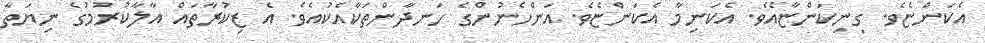
އެކަންޏެވެ. ގިނިކަންޏާއެވެ. އެކަނިމާ އެކަންޏެވެ. އަންހެނުންގެ ހަނދާންތަކާއެކުއެވެ. އެ ޒިކުރާތައް އާލާކުރުމުގެ ނިޔަތާ